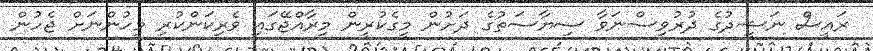
ރައީސް ނަޝީދުގެ ދުރުވިސްނަވާ ސިޔާސަތުގެ ދަށުން މީގެކުރީން މިރާއްޖޭގައި ވެރިކަންކުރި މީހުންނަށް ޖެހުން